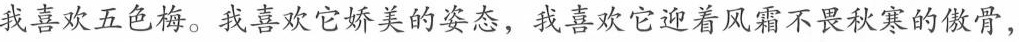
我喜欢五色梅。我喜欢它娇美的姿态，我喜欢它迎着风霜不畏秋寒的傲骨，